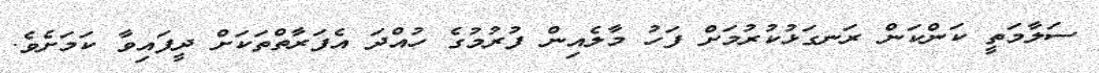
ސަލާމަތީ ކަންކަން ރަނގަޅުކުރުމަށް ފަހު މާލެއިން ފުރުމުގެ ހުއްދަ އެފަރާތްތަކަށް ދީފައިވާ ކަމަށެވެ.